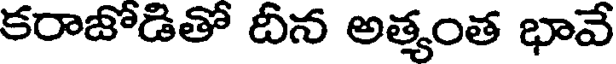
కరాజోడితో దీన అత్యంత భావే